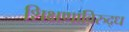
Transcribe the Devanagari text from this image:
शिक्षणाविरुद्ध